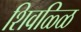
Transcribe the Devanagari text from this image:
शिवळ्ळि